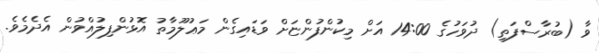
ވާ (ބުރާސްފަތި) ދުވަހުގެ 14:00 އަށް މިކުންފުންޏަށް ވަޑައިގެން މަޢުލޫމާތު އޮޅުންފިލުއްވުން އެދެމެވެ.